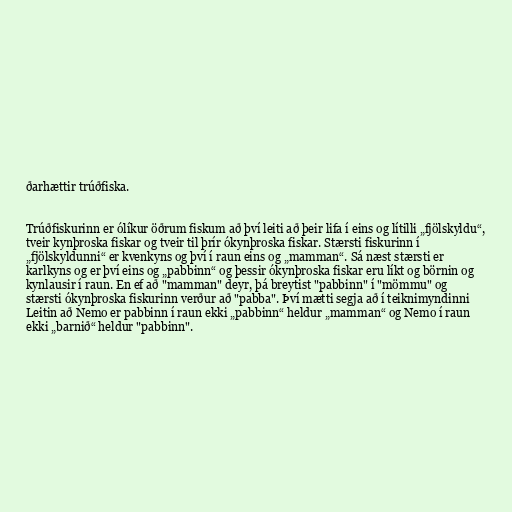
ðarhættir trúðfiska.

Trúðfiskurinn er ólíkur öðrum fiskum að því leiti að þeir lifa í eins og lítilli „fjölskyldu“,
tveir kynþroska fiskar og tveir til þrír ókynþroska fiskar. Stærsti fiskurinn í
„fjölskyldunni“ er kvenkyns og því í raun eins og „mamman“. Sá næst stærsti er
karlkyns og er því eins og „pabbinn“ og þessir ókynþroska fiskar eru líkt og börnin og
kynlausir í raun. En ef að "mamman" deyr, þá breytist "pabbinn" í "mömmu" og
stærsti ókynþroska fiskurinn verður að "pabba". Því mætti segja að í teiknimyndinni
Leitin að Nemo er pabbinn í raun ekki „pabbinn“ heldur „mamman“ og Nemo í raun
ekki „barnið“ heldur "pabbinn".